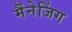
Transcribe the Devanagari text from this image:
मैंनेजिंग